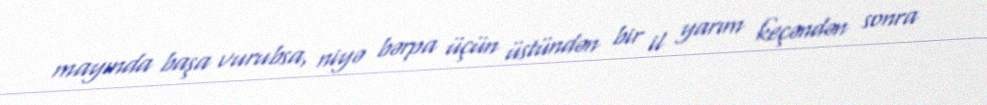
mayında başa vurubsa, niyə bərpa üçün üstündən bir il yarım keçəndən sonra